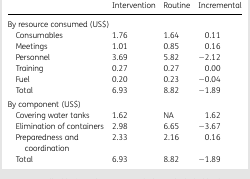
<table><thead><tr><td></td><td><b>Intervention</b></td><td><b>Routine</b></td><td><b>Incremental</b></td></tr></thead><tbody><tr><td colspan="4">By resource consumed (US$)</td></tr><tr><td> Consumables</td><td>1.76</td><td>1.64</td><td>0.11</td></tr><tr><td> Meetings</td><td>1.01</td><td>0.85</td><td>0.16</td></tr><tr><td> Personnel</td><td>3.69</td><td>5.82</td><td>−2.12</td></tr><tr><td> Training</td><td>0.27</td><td>0.27</td><td>0.00</td></tr><tr><td> Fuel</td><td>0.20</td><td>0.23</td><td>−0.04</td></tr><tr><td> Total</td><td>6.93</td><td>8.82</td><td>−1.89</td></tr><tr><td colspan="4">By component (US$)</td></tr><tr><td> Covering water tanks</td><td>1.62</td><td>NA</td><td>1.62</td></tr><tr><td> Elimination of containers</td><td>2.98</td><td>6.65</td><td>−3.67</td></tr><tr><td> Preparedness and coordination</td><td>2.33</td><td>2.16</td><td>0.16</td></tr><tr><td> Total</td><td>6.93</td><td>8.82</td><td>−1.89</td></tr></tbody></table>